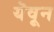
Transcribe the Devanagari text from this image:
यॆवून